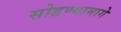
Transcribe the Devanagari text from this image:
सोडण्यामागे